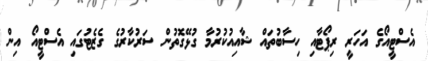
އެސްޓީއޯގެ އަހަރީ ރިޕޯޓާއި ހިސާބުތައް ޝާއިއުކުރުމާ ގުޅޭގޮތުން ސަރުކާރުގެ ގެޒެޓުގައި އެސްޓީއޯ އިން